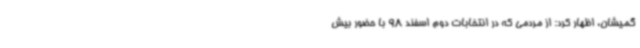
گمیشان، اظهار کرد: از مردمی که در انتخابات دوم اسفند 98 با حضور بیش